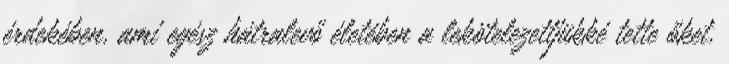
érdekében, ami egész hátralevő életében a lekötelezettjükké tette őket.